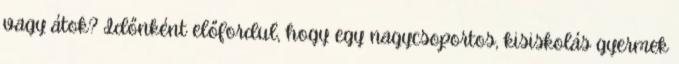
vagy átok? Időnként előfordul, hogy egy nagycsoportos, kisiskolás gyermek